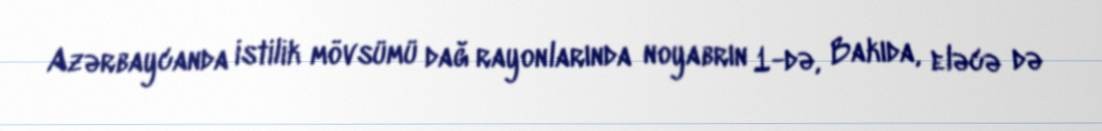
Azərbaycanda istilik mövsümü dağ rayonlarında noyabrın 1-də, Bakıda, eləcə də